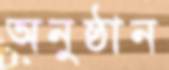
অনুষ্ঠান